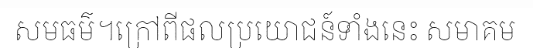
សមធម៌។ក្រៅពីផលប្រយោជន៍ទាំងនេះ សមាគម